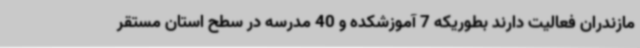
مازندران فعالیت دارند بطوریکه 7 آموزشکده و 40 مدرسه در سطح استان مستقر